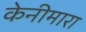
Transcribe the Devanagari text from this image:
केनीमारा